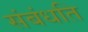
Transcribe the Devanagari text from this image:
संबंधति